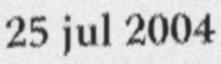
25 jul 2004